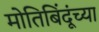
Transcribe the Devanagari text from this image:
मोतिबिंदूंच्या